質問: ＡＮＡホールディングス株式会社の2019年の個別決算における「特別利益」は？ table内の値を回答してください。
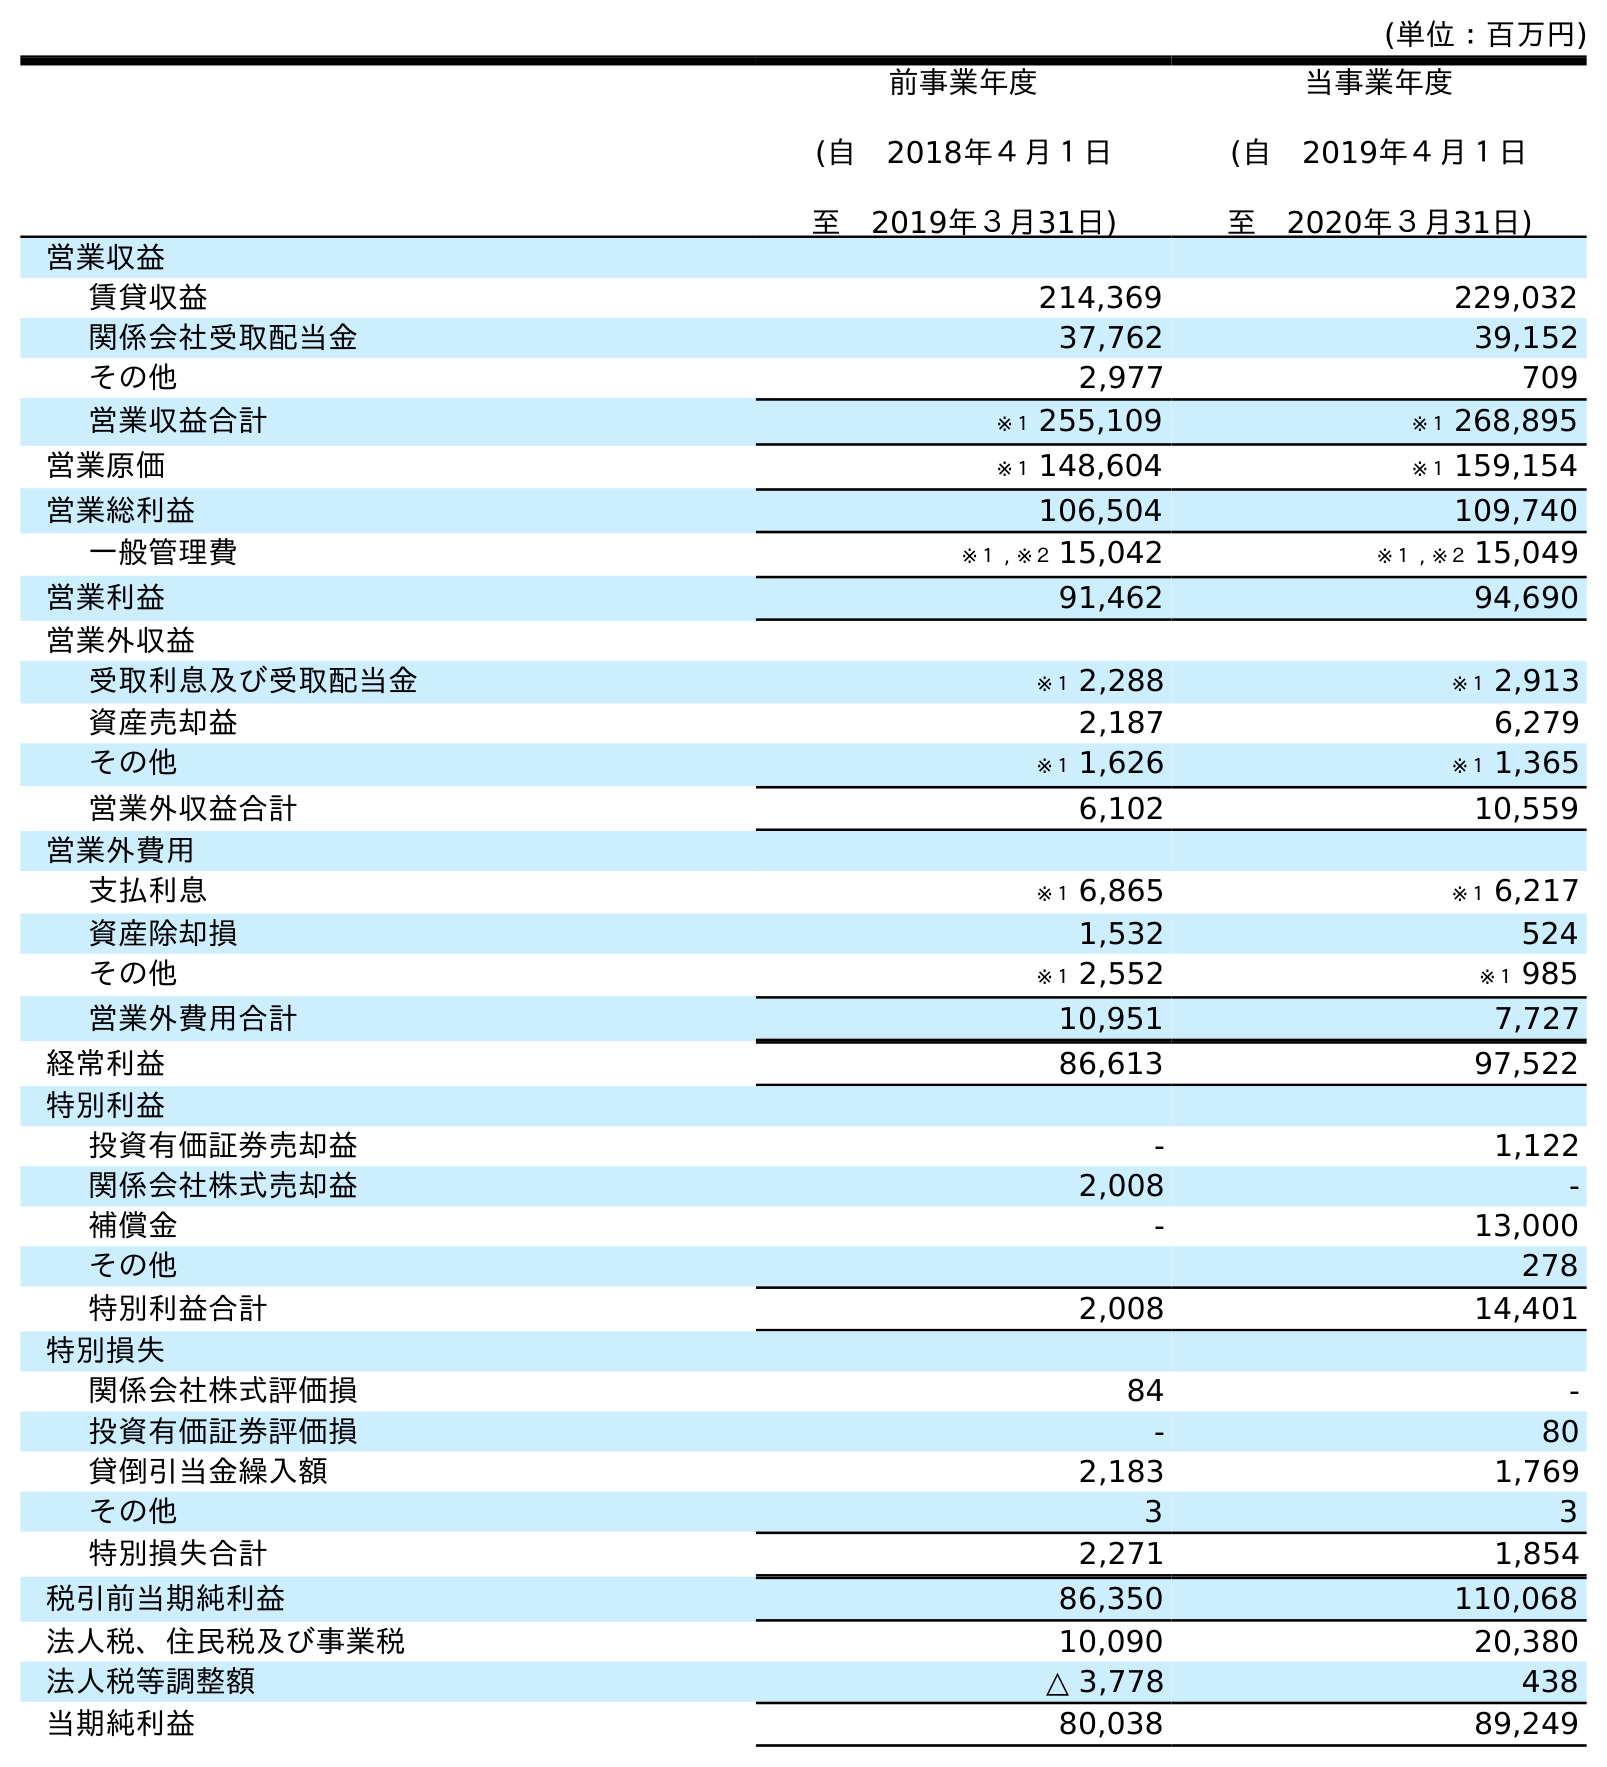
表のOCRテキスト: (単位：百万円) 前事業年度 (自 2018年４月１日 至 2019年３月31日) 当事業年度 (自 2019年４月１日 至 2020年３月31日) 営業収益 賃貸収益 214,369 229,032 関係会社受取配当金 37,762 39,152 その他 2,977 709 営業収益合計 ※１ 255,109 ※１ 268,895 営業原価 ※１ 148,604 ※１ 159,154 営業総利益 106,504 109,740 一般管理費 ※１ , ※２ 15,042 ※１ , ※２ 15,049 営業利益 91,462 94,690 営業外収益 受取利息及び受取配当金 ※１ 2,288 ※１ 2,913 資産売却益 2,187 6,279 その他 ※１ 1,626 ※１ 1,365 営業外収益合計 6,102 10,559 営業外費用 支払利息 ※１ 6,865 ※１ 6,217 資産除却損 1,532 524 その他 ※１ 2,552 ※１ 985 営業外費用合計 10,951 7,727 経常利益 86,613 97,522 特別利益 投資有価証券売却益 - 1,122 関係会社株式売却益 2,008 - 補償金 - 13,000 その他 278 特別利益合計 2,008 14,401 特別損失 関係会社株式評価損 84 - 投資有価証券評価損 - 80 貸倒引当金繰入額 2,183 1,769 その他 3 3 特別損失合計 2,271 1,854 税引前当期純利益 86,350 110,068 法人税、住民税及び事業税 10,090 20,380 法人税等調整額 △ 3,778 438 当期純利益 80,038 89,249
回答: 2,008